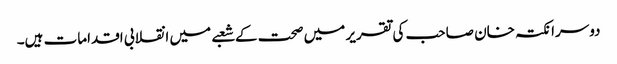
دوسرا نکتہ خان صاحب کی تقریر میں صحت کے شعبے میں انقلابی اقدامات ہیں۔